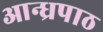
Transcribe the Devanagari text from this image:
आन्ध्रपाठ